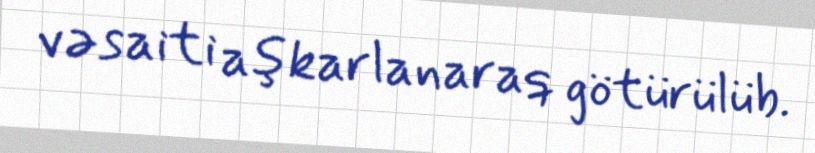
vəsaiti aşkarlanaraq götürülüb.